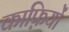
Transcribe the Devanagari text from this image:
काफ़ियों